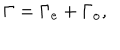
\Gamma = \Gamma _ { \mathrm { e } } + \Gamma _ { \mathrm { o } } ,